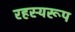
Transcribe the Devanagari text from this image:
रहस्यरूप